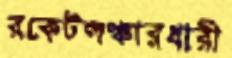
রকেটলঞ্চারধারী